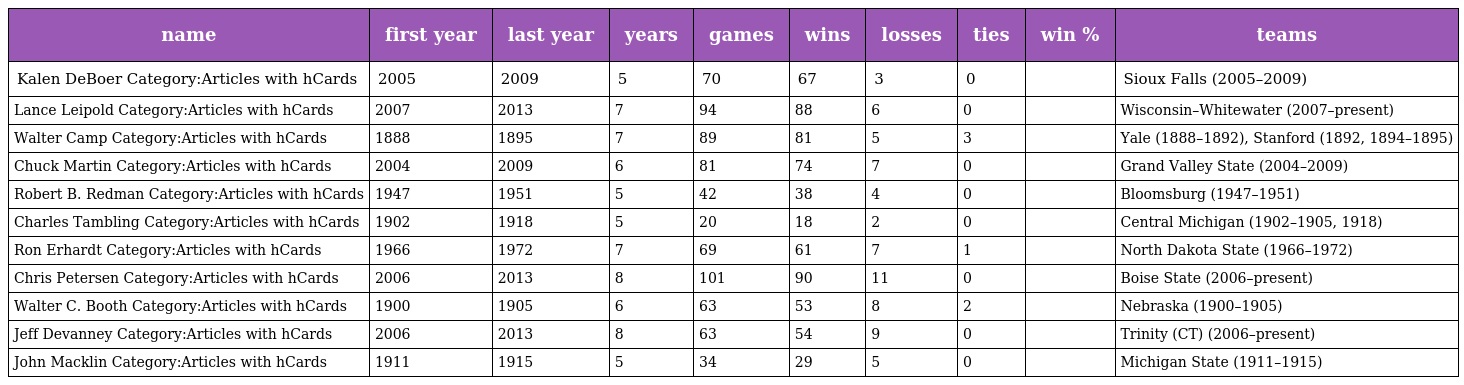
| name | first year | last year | years | games | wins | losses | ties | win % | teams |
 | --- | --- | --- | --- | --- | --- | --- | --- | --- | --- |
 | Kalen DeBoer Category:Articles with hCards | 2005 | 2009 | 5 | 70 | 67 | 3 | 0 |  | Sioux Falls (2005–2009) |
 | Lance Leipold Category:Articles with hCards | 2007 | 2013 | 7 | 94 | 88 | 6 | 0 |  | Wisconsin–Whitewater (2007–present) |
 | Walter Camp Category:Articles with hCards | 1888 | 1895 | 7 | 89 | 81 | 5 | 3 |  | Yale (1888–1892), Stanford (1892, 1894–1895) |
 | Chuck Martin Category:Articles with hCards | 2004 | 2009 | 6 | 81 | 74 | 7 | 0 |  | Grand Valley State (2004–2009) |
 | Robert B. Redman Category:Articles with hCards | 1947 | 1951 | 5 | 42 | 38 | 4 | 0 |  | Bloomsburg (1947–1951) |
 | Charles Tambling Category:Articles with hCards | 1902 | 1918 | 5 | 20 | 18 | 2 | 0 |  | Central Michigan (1902–1905, 1918) |
 | Ron Erhardt Category:Articles with hCards | 1966 | 1972 | 7 | 69 | 61 | 7 | 1 |  | North Dakota State (1966–1972) |
 | Chris Petersen Category:Articles with hCards | 2006 | 2013 | 8 | 101 | 90 | 11 | 0 |  | Boise State (2006–present) |
 | Walter C. Booth Category:Articles with hCards | 1900 | 1905 | 6 | 63 | 53 | 8 | 2 |  | Nebraska (1900–1905) |
 | Jeff Devanney Category:Articles with hCards | 2006 | 2013 | 8 | 63 | 54 | 9 | 0 |  | Trinity (CT) (2006–present) |
 | John Macklin Category:Articles with hCards | 1911 | 1915 | 5 | 34 | 29 | 5 | 0 |  | Michigan State (1911–1915) |